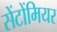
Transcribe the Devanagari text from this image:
सेंटोंमियर